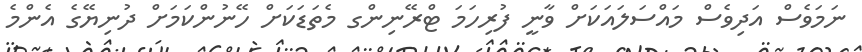
ނަމަވެސް އަދިވެސް މައްސަލައަކަށް ވާނީ ފުރިހަމަ ޓްރޭނިންގ މެތަޑަކަށް ހޭނުންކަމަށް ދުނިޔޭގެ އެންމެ